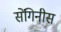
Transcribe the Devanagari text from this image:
सेंगिनीस